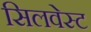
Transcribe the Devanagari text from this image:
सिलवेस्ट